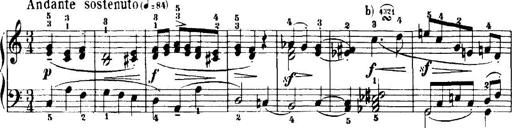
Title: 7 Sonatinas
Composer: Anton Diabelli